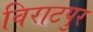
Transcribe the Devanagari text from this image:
विराटपुर